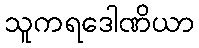
သူကရဒေါဏိယာ